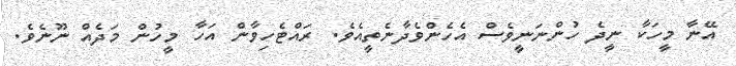
އޭނާ މީހަކާ ނީދެ ހުންނަނީވެސް އެހެންވެދާނެތީއެވެ. ރައްޓެހިވާން އަހާ މީހުން މަދެއް ނޫނެވެ.